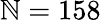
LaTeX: \mathbb{N}=158